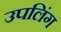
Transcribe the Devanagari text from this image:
उपलिंग